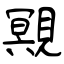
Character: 覭